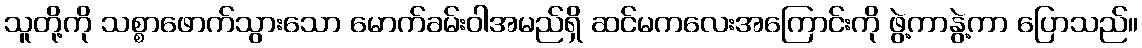
သူတို့ကို သစ္စာဖောက်သွားသော မောက်ခမ်းဝါအမည်ရှိ ဆင်မကလေးအကြောင်းကို ဖွဲ့ကာနွဲ့ကာ ပြောသည်။